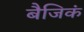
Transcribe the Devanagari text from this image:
बैजिकं